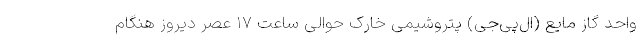
واحد گاز مایع (ال‌پی‌جی) پتروشیمی خارک حوالی ساعت ۱۷ عصر دیروز هنگام